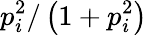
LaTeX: p_{i}^{2}/\left(1+p_{i}^{2}\right)